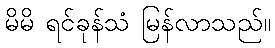
မိမိ ရင်ခုန်သံ မြန်လာသည်။